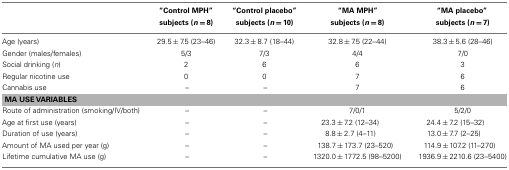
|  | “Control MPH” subjects (n = 8) | “Control placebo”subjects (n = 10) | “MA MPH” subjects (n = 8) | “MA placebo” subjects (n = 7) |
 | --- | --- | --- | --- | --- |
 | Age (years) | 29.5 ± 7.5 (23–46) | 32.3 ± 8.7 (18–44) | 32.8 ± 7.5 (22–44) | 38.3 ± 5.6 (28–46) |
 | Gender (males/females) | 5/3 | 7/3 | 4/4 | 7/0 |
 | Social drinking (n) | 2 | 6 | 6 | 3 |
 | Regular nicotine use | 0 | 0 | 7 | 6 |
 | Cannabis use | – | – | 7 | 6 |
 | <COLSPAN=5> MA USE VARIABLES |
 | Route of administration (smoking/IV/both) | – | – | 7/0/1 | 5/2/0 |
 | Age at first use (years) | – | – | 23.3 ± 7.2 (12–34) | 24.4 ± 7.2 (15–32) |
 | Duration of use (years) | – | – | 8.8 ± 2.7 (4–11) | 13.0 ± 7.7 (2–25) |
 | Amount of MA used per year (g) | – | – | 138.7 ± 173.7 (23–520) | 114.9 ± 107.2 (11–270) |
 | Lifetime cumulative MA use (g) | – | – | 1320.0 ± 1772.5 (98–5200) | 1936.9 ± 2210.6 (23–5400) |